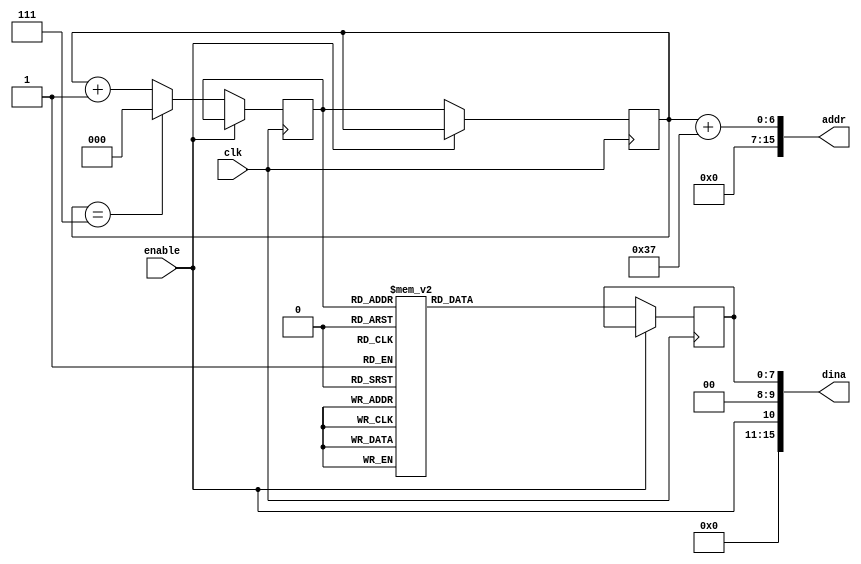
`timescale 1ns / 1ps
//////////////////////////////////////////////////////////////////////////////////
// Company: 
// Engineer: 
// 
// Design Name: 
// Module Name: name_id
// Project Name: 
// Target Devices: 
// Tool Versions: 
// Description: 
//      https://github.com/MadLittleMods/FP-V-GA-Text/blob/master/utilities/vhdl-hex-table-output.txt
//      https://github.com/howardlau1999/flapga-mario/blob/master/src/game_over_text.v
// Dependencies: 
// 
// Revision:
// Revision 0.01 - File Created
// Additional Comments:
// 
//////////////////////////////////////////////////////////////////////////////////

module name_id(
input wire clk,
input wire enable,
output wire [15:0] addr,
output wire [15:0] dina
    );

	reg [7:0] glyph;
	reg [2:0] writing_text;
	reg [2:0] writing_text_next;

    //name_id text(clk, dina, addr, writing_text);
    always @ (posedge clk)
    begin
    if (enable == 0 ) begin
        case (writing_text_next)
            3'b000: glyph <= 8'b01001110; //N
            3'b001: glyph <= 8'b01110101; //u
            3'b010: glyph <= 8'b01110100; //t
            3'b011: glyph <= 8'b01110100; //t
            3'b100: glyph <= 8'b01100001; //a
            3'b101: glyph <= 8'b01101110; //n
            3'b110: glyph <= 8'b01100001; //a
            3'b111: glyph <= 8'b01101001; //i
        endcase
        
        writing_text <= writing_text_next;
                if (writing_text == 7)
                    writing_text_next <= 0;
                else
                    writing_text_next <= writing_text + 1;
                end
   end

    assign dina = {enable, 2'b00, glyph};
    assign addr = writing_text + 55;    

endmodule